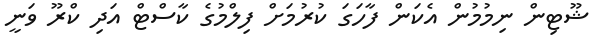
ޝޫޓިން ނިމުމުން އެކަން ފާހަގަ ކުރުމަށް ފިލްމުގެ ކާސްޓް އަދި ކްރޫ ވަނީ